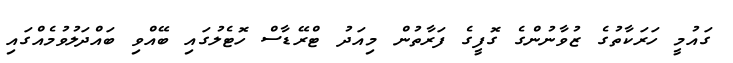
ގައުމީ ހަރަކާތުގެ ޒުވާނުންގެ ގޮފީގެ ފަރާތުން މިއަދު ޓްރޭޑާސް ހޮޓެލުގައި ބޭއްވި ބައްދަލުވުމެއްގައި